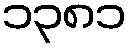
၁၃၈၁